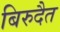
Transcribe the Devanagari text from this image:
बिरुदैत